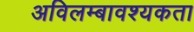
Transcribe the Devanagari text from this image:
अविलम्बावश्यकता